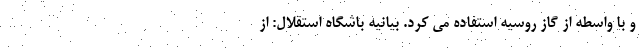
و با واسطه از گاز روسیه استفاده می کرد. بیانیه باشگاه استقلال: از